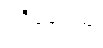
ပရိပူရေယျ